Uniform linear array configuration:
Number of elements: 8
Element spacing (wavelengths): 0.25
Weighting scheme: blackman
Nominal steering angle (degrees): -15
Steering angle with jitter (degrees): -13.087
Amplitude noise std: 0.05
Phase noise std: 0.05

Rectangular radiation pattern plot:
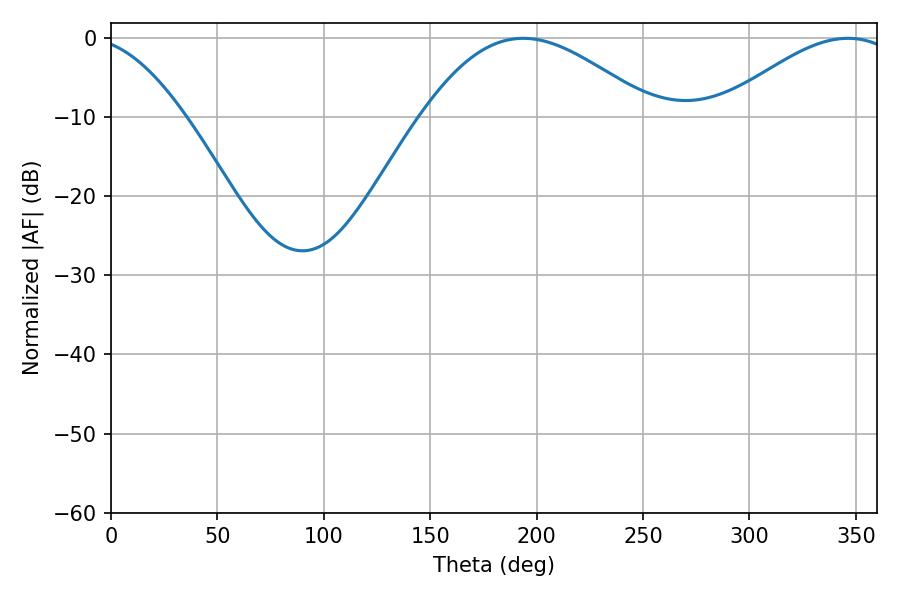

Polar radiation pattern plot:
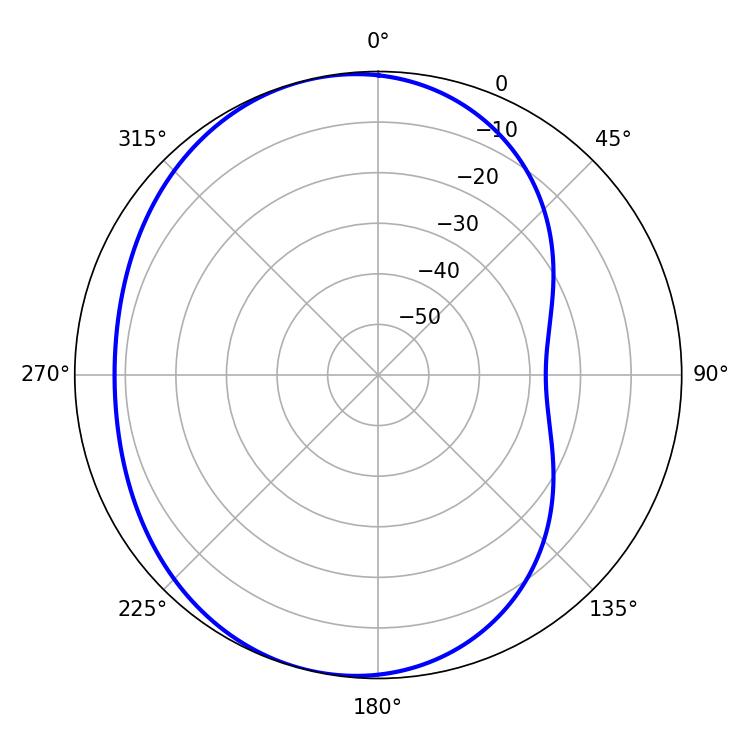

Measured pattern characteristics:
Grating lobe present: FALSE
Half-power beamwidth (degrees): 58.68
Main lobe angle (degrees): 193.68